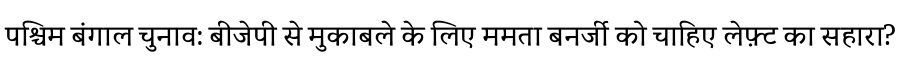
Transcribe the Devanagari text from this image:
पश्चिम बंगाल चुनाव: बीजेपी से मुकाबले के लिए ममता बनर्जी को चाहिए लेफ़्ट का सहारा?